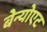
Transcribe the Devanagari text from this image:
बेन्योएट